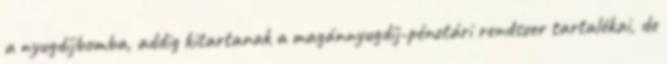
a nyugdíjbomba, addig kitartanak a magánnyugdíj-pénztári rendszer tartalékai, de